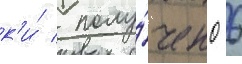
к'и́ / полу́чено 6